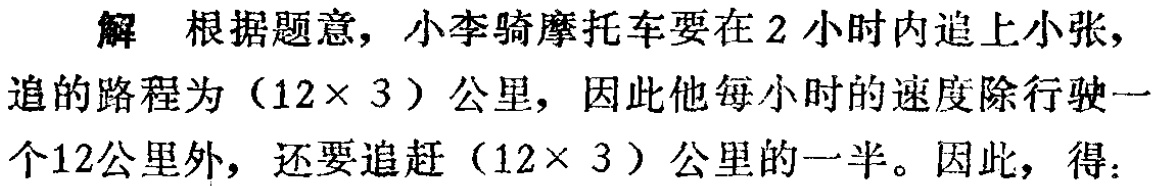
解 根据题意，小李骑摩托车要在 \(2\) 小时内追上小张，追的路程为 \((12\times 3)\) 公里，因此他每小时的速度除行驶一个\(12\)公里外，还要追赶 \((12\times 3)\) 公里的一半。因此，得：